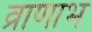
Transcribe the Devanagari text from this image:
व्राणाभ